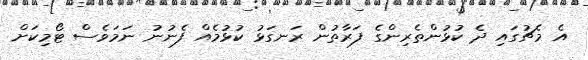
އެ މެޗުގައި ދެ ކުޅުންތެރިންގެ ފަރާތުން ރަނގަޅު ކުޅުމެއް ފެނުނު ނަމަވެސް ޓޯމިކަށް